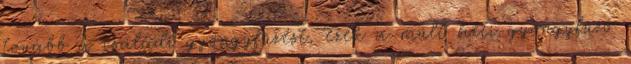
tovább a családi gyöngyfűzést, ezek a múlt heti gyöngyfűző